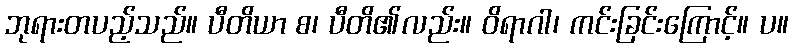
ဘုရားတပည့်သည်။ ပီတိယာ စ၊ ပီတိ၏လည်း။ ဝိရာဂါ၊ ကင်းခြင်းကြောင့်။ ပ။